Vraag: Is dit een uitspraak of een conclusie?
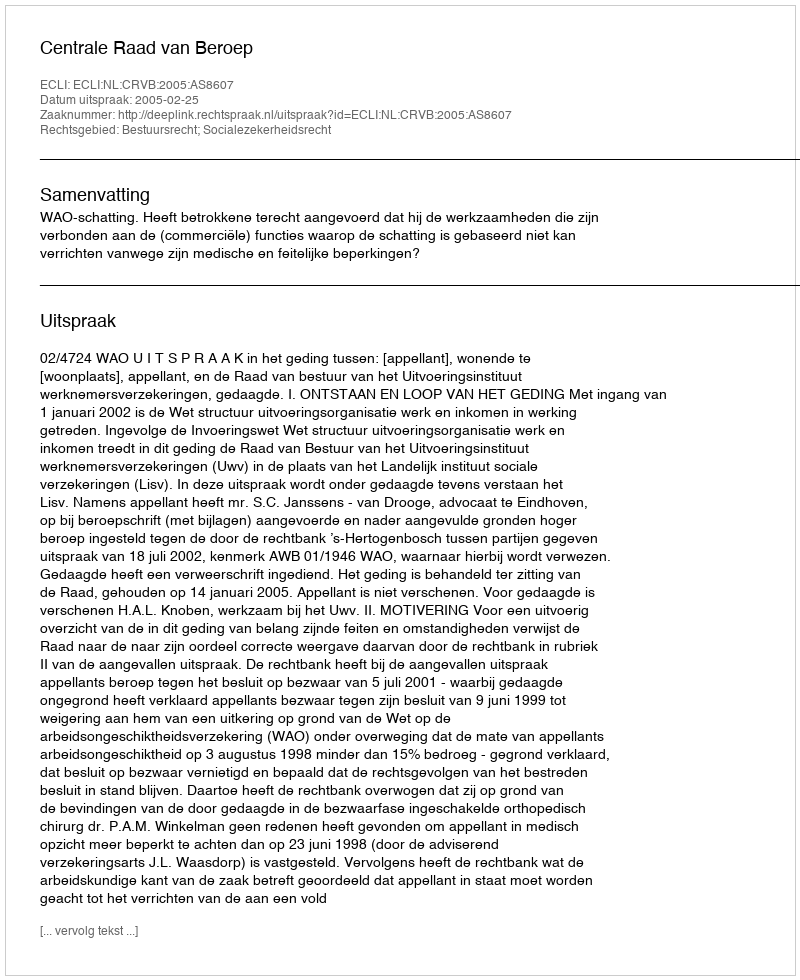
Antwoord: Uitspraak